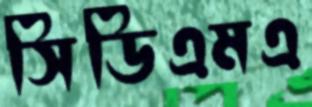
সিডিএমএ